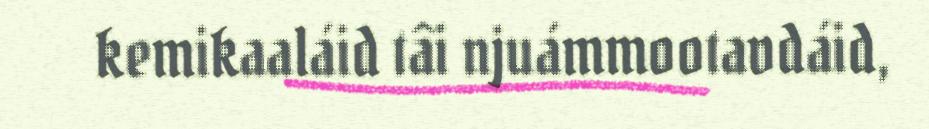
kemikaaláid tâi njuámmootavdáid,